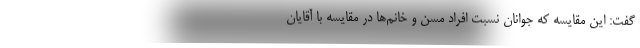
گفت: این مقایسه که جوانان نسبت افراد مسن و خانم‌ها در مقایسه با آقایان